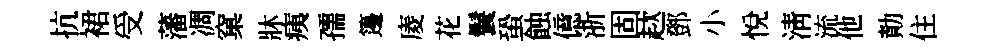
抗裙受藩凋窠牀痍孺籩庱花鬟蛩蝕億浙固趑鄧小悅清流他勣住